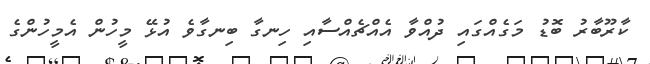
ކާރޫބާރު ބޮޑު މަގެއްގައި ދުއްވާ އެއްޗެއްސާއި ހިނގާ ބިނގާވެ އުޅޭ މީހުން އެމީހުންގެ